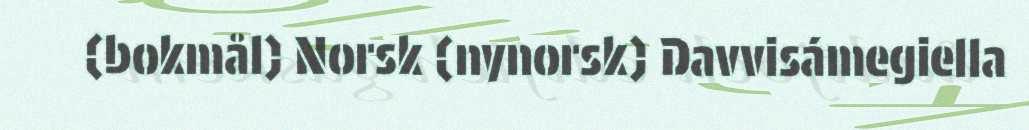
(bokmål) Norsk (nynorsk) Davvisámegiella